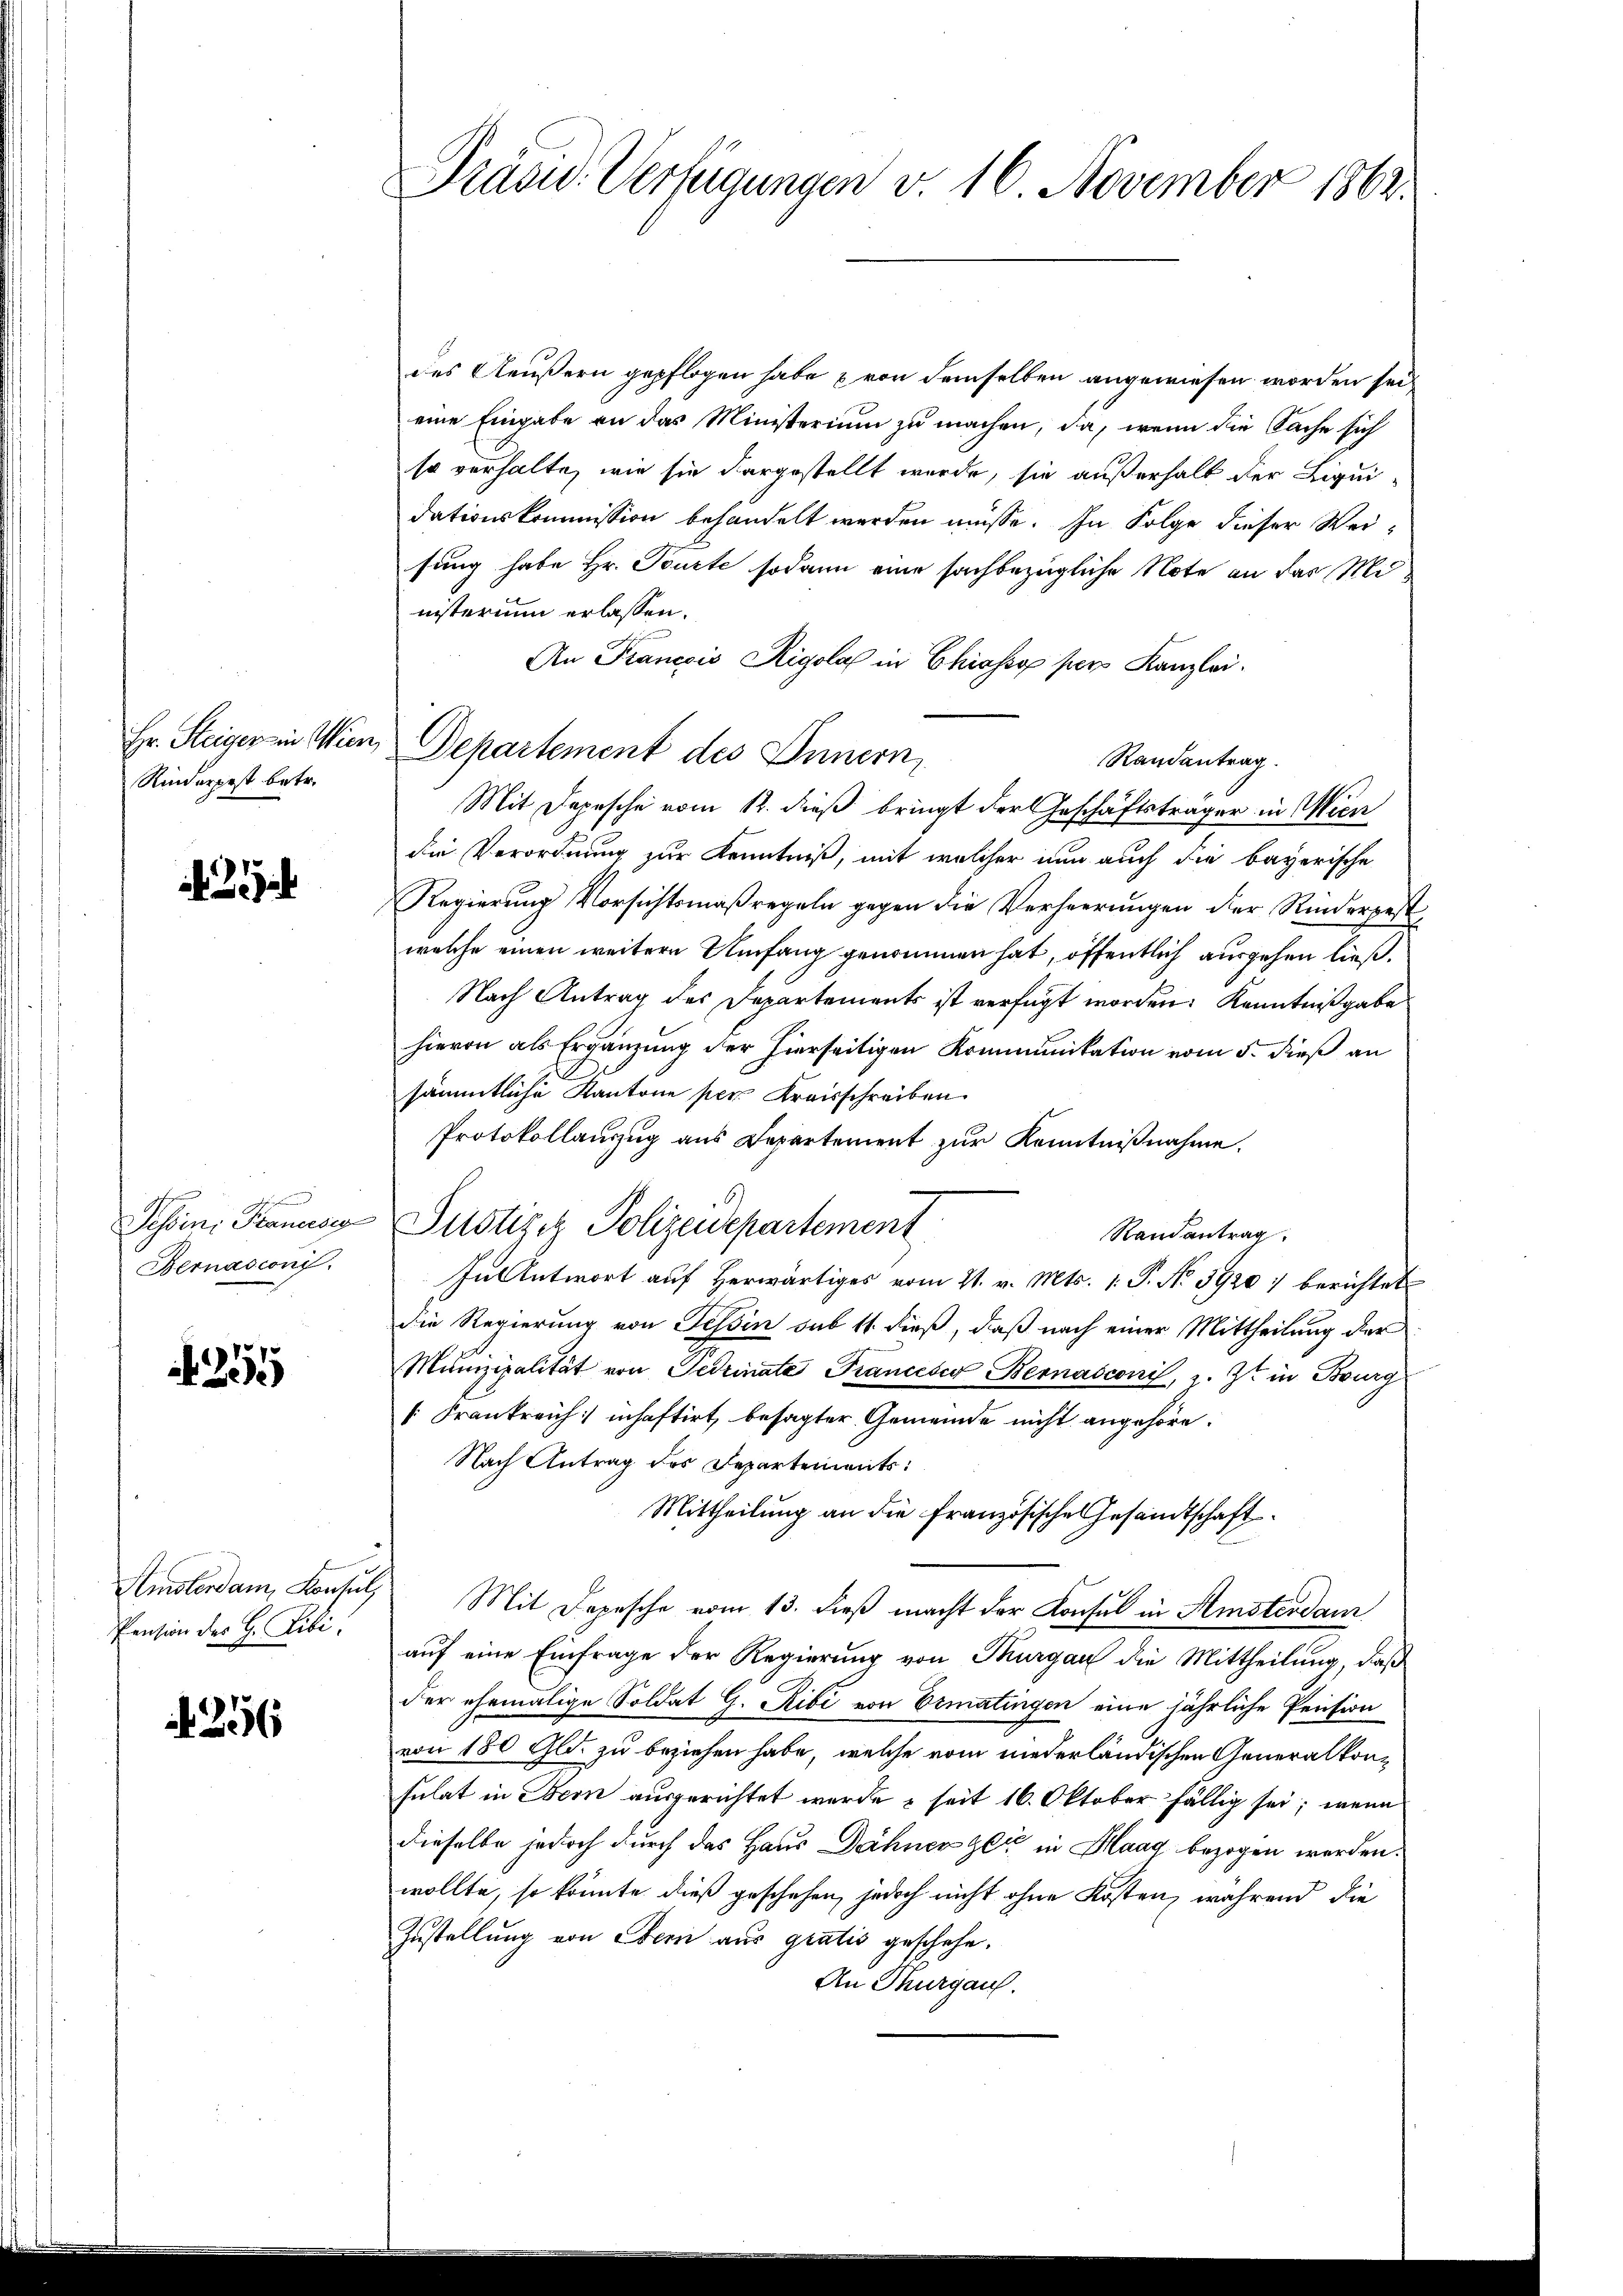
Rinterpest betr.

Sessens Planese
Bernasconi

25

Amsterdam Konsul
Pension des H. Libi.

26

Pränd. Verfügungen v. 16 November 1862.

Hr. Steiger in Wien, Departement des Innern,

des Aeußern gepflogen habe & von demselben angewiesen worden sei
eine Eingabe an das Ministerium zu machen, da, wenn die Sache sich
so verhalte, wie sie dargestellt wurde, sie außerhalb der Liqui-
dationskommission behandelt werden müsse. In Folge dieser Weisung habe Hr. Pourte sodann eine sachbezügliche Note an das Ministerium erlassen.
An Francois Rigolat in Chiasso per Kanzlei.
Randantrag.
Mit Depesche vom 12. dieß bringt der Geschäftsträger in Wien
die Verordnung zur Kenntniß, mit welcher nun auch die bayerische
Regierung Vorsichtsmaßregeln gegen die Verheerungen der Rindergest
welche einen weitere Umfang genommen hat, öffentlich ausgehen ließ.
Nach Antrag des Departements ist verfügt worden. Kenntnißgabe
hievon als Ergänzung der hierseitigen Kommunikation vom 5. dieß an
sämmtliche Kantone per Kreisschreiben
Protokollanzug aus Departement zur Kenntnißnahme.
Justizig Polizeidepartement
Randantrag.
In Antwort auf Herwärtiges vom 21. v. Mts. 1. P. No 3920) berichtet
die Regierung von Tessin sub 11. dieß, daß nach einer Mittheilung der
Munizipalität von Perinate Franceser Bernasconi, z. Z. in Bourg
[Frankreich inhaftirt, besagter Gemeinde nicht angehöre.
Nach Antrag des Departements:
Mittheilung an die französische Gesandtschaft
" Mit Depesche vom 13. dieβ macht der Konsul in Amsterdam
auf eine Einfrage der Regierung von Thurgau die Mittheilung, daß
der ehemalige Soldat G. Ribi von Ermatingen eine jährliche Pension
von 180 Gld. zu beziehen habe, welche vom niederländischen Generalkonsulat in Bern ausgerichtet werde & seit 16. Oktober fällig sei; wenn
dieselbe jedoch durch das Haus Dähner zeit in Haag bezogen werden.
wollte, so könnte dieß geschehen, jedoch nicht ohne Kosten, während die
Zustellung von Bern aus gratis geschehe.
An Thurgau.